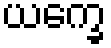
ယက္ခေ